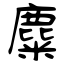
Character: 麋